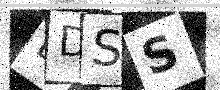
Text: DDSS